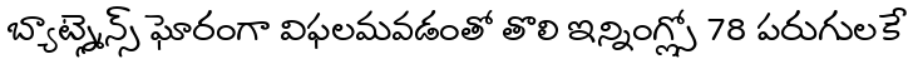
బ్యాట్స్మెన్స్ ఘోరంగా విఫలమవడంతో తొలి ఇన్నింగ్స్లో 78 పరుగులకే